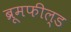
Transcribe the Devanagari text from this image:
ब्रूमफील्ड